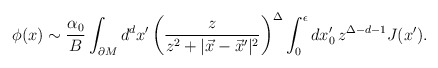
\begin{align*}\phi(x) \sim { \alpha_0 \over B } \int_{\partial M} d^{d}x^\prime\left( \frac{z}{z^2+|\vec{x}-\vec{x}^\prime|^2} \right)^\Delta \int_0^\epsilon dx_0^\prime \, {z}^{\Delta-d-1}J(x^\prime). \end{align*}